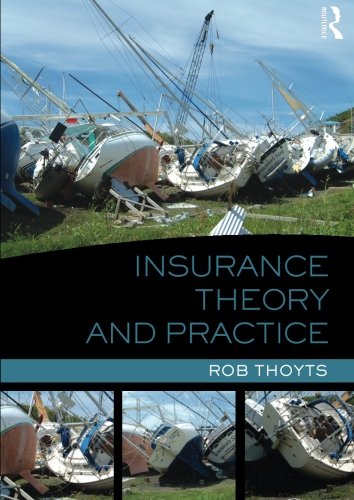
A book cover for Insurance Theory and Practice; Rob Thoyts; Business & Money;